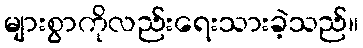
များစွာကိုလည်းရေးသားခဲ့သည်။